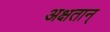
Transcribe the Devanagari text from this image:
अक्षतान्